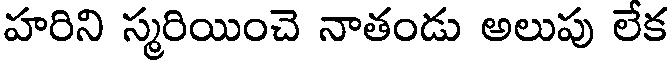
హరిని స్మరియించె నాతండు అలుపు లేక